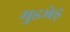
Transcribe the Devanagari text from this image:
मुडभेड़